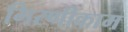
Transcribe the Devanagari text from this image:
गिरणीकाम